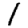
Digit: 1